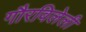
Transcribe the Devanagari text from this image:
गौरविलेली